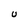
Character: U